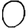
Digit: 0